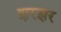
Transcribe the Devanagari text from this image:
झरझर